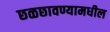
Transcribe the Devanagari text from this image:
छळछावण्यामधील